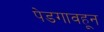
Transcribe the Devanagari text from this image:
पेडगावहून